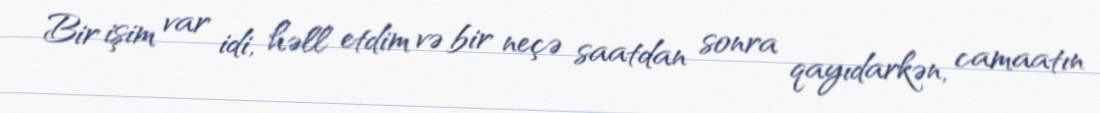
Bir işim var idi, həll etdim və bir neçə saatdan sonra qayıdarkən, camaatın